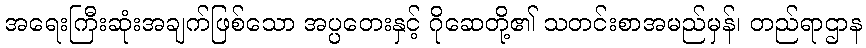
အရေးကြီးဆုံးအချက်ဖြစ်သော အပ္ပတေးနှင့် ဂိုဆေတို့၏ သတင်းစာအမည်မှန်၊ တည်ရာဌာန